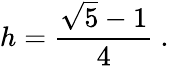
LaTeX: h={\frac{{\sqrt{5}}-1}{4}}\ .